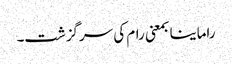
راماینا بمعنی رام کی سرگزشت۔